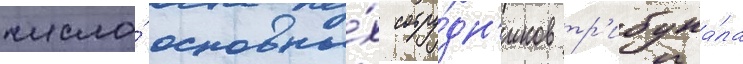
число́ основны́х сотру́дн'иков тр'ибуна́ла